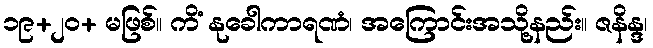
၁၉+၂၀+ မဖြစ်။ ကိံ နုခေါကာရဏံ၊ အကြောင်းအသို့နည်း။ ဇနိန္ဒ၊